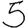
Digit: 5